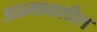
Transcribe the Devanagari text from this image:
अप्रभावशील